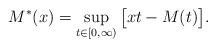
LaTeX: \begin{align*}M^*(x) = \sup_{t\in[0,\infty)}\big[xt-M(t)\big].\end{align*}